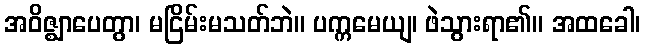
အဝိဇ္ဈာပေတွာ၊ မငြိမ်းမသတ်ဘဲ။ ပက္ကမေယျ၊ ဖဲသွားရာ၏။ အထခေါ၊